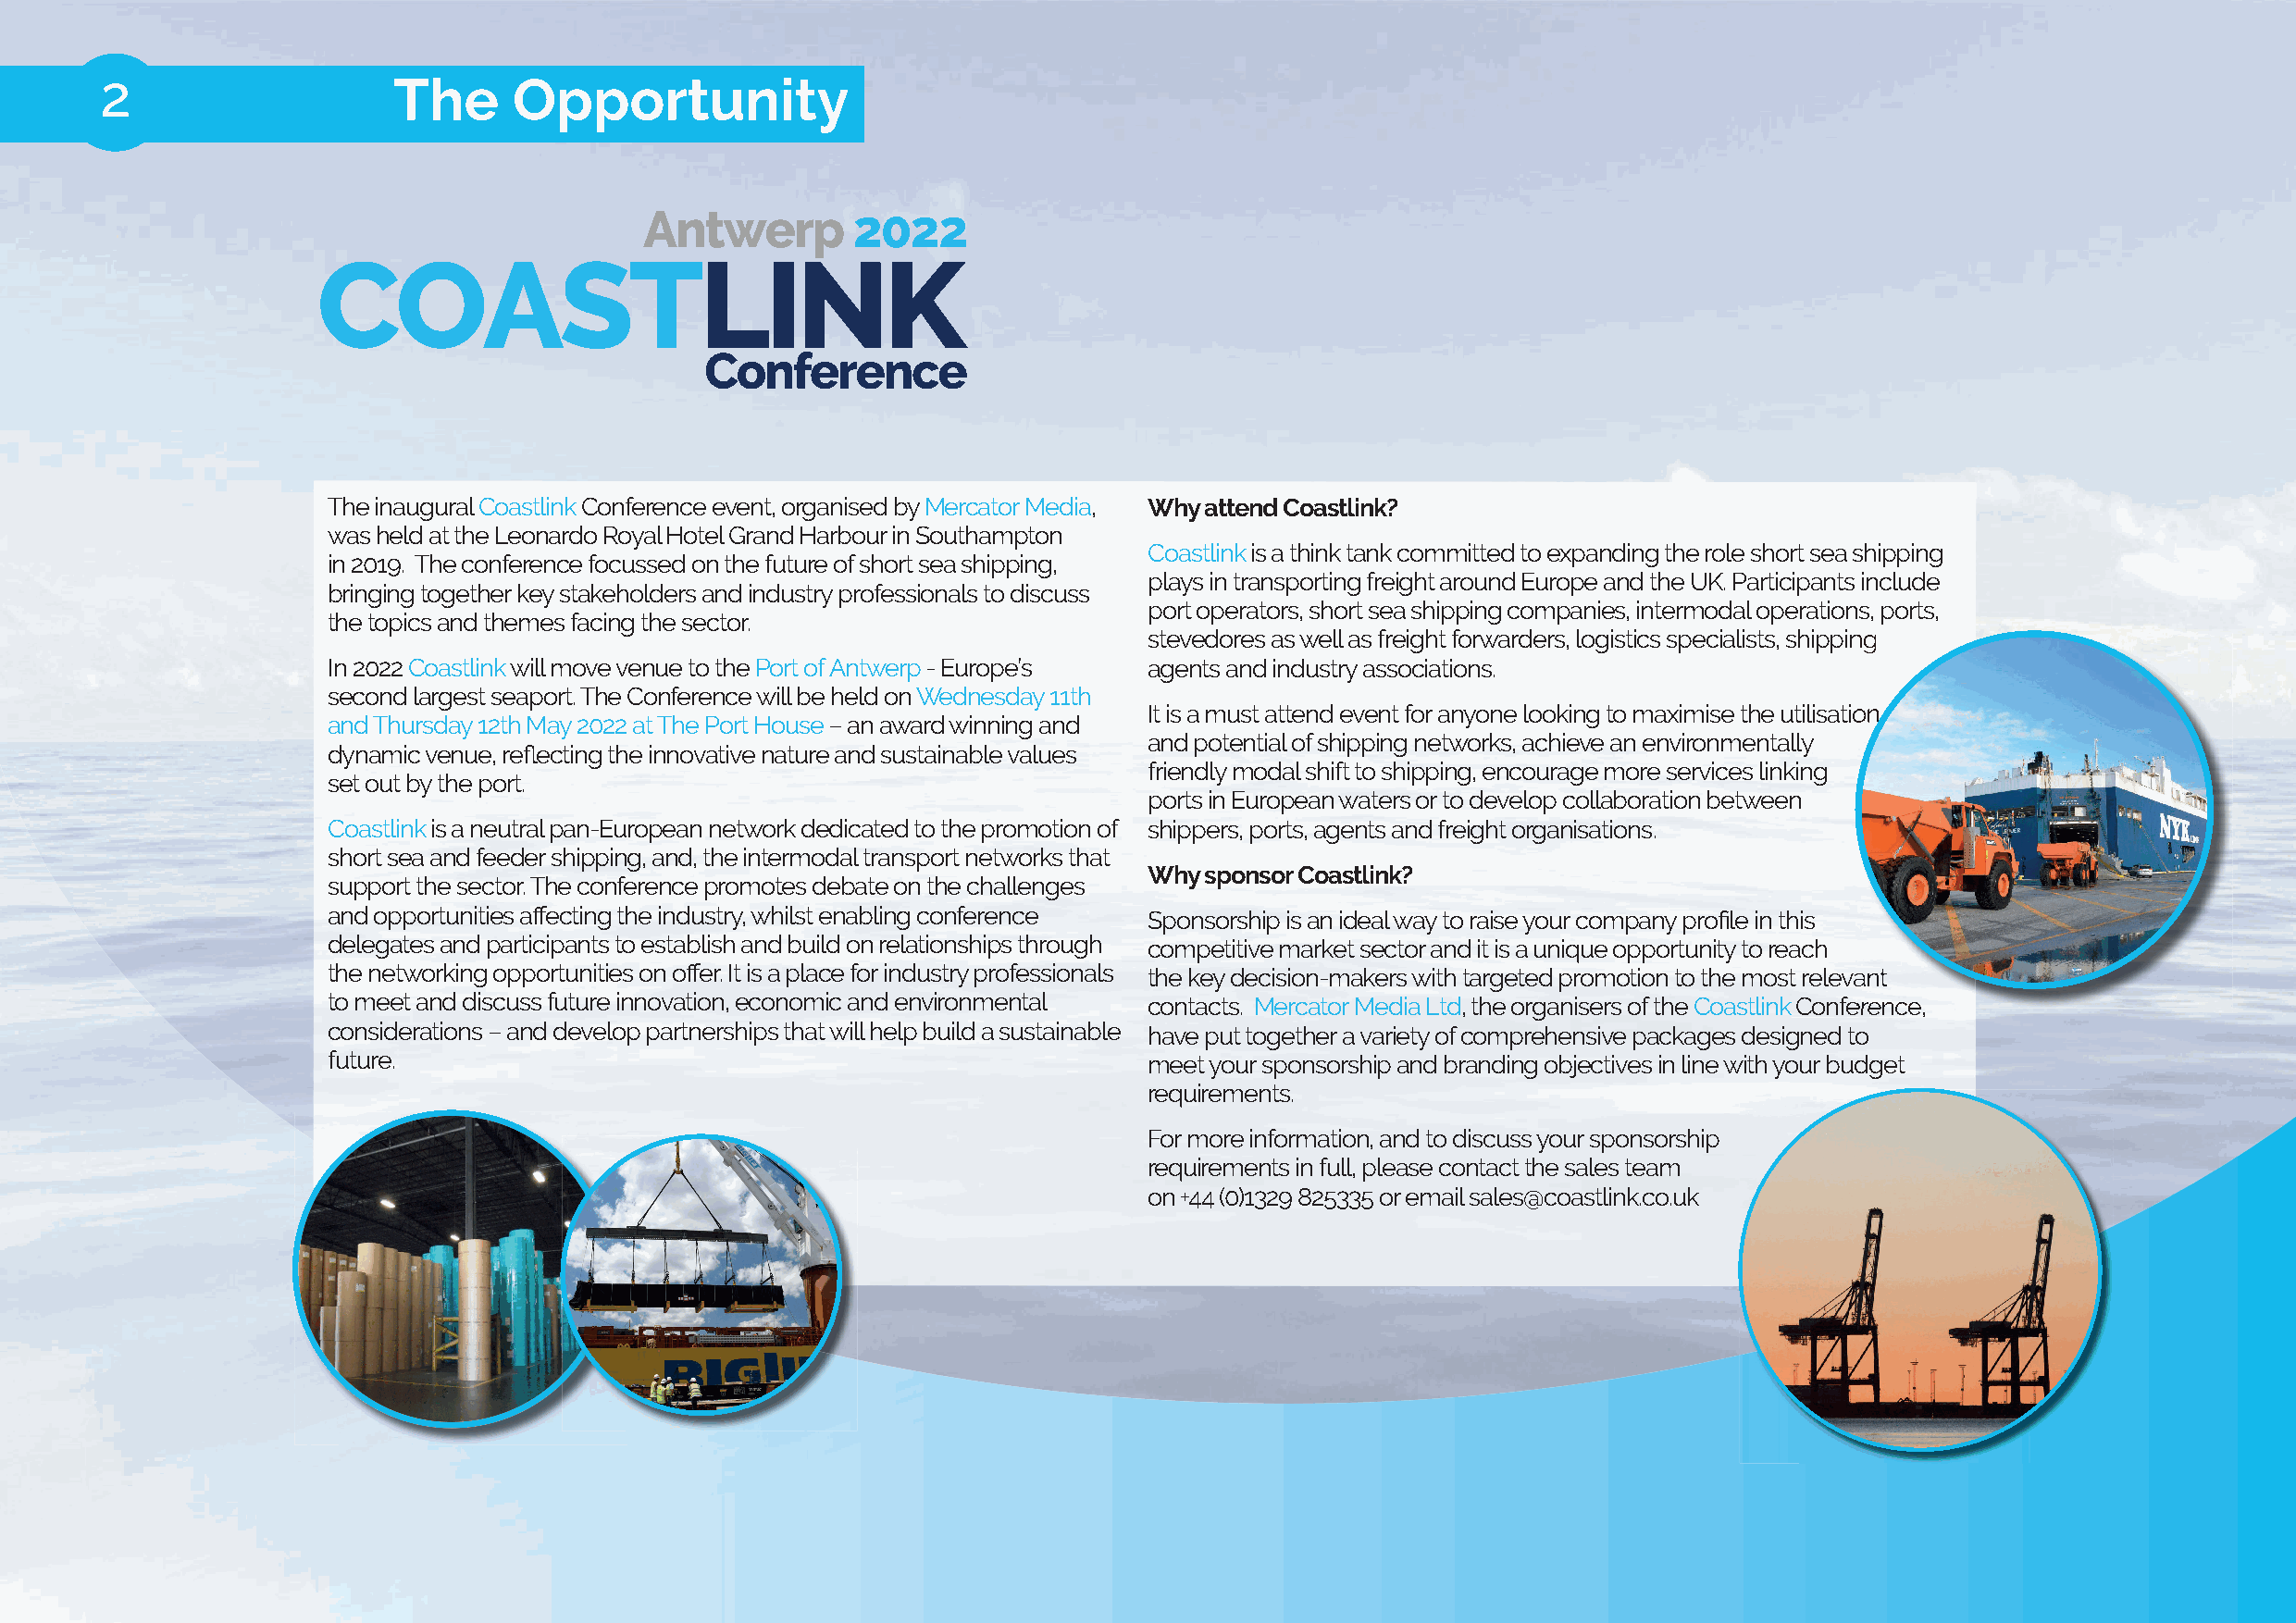
2                    The      Opportunity
 Antwerp        2022
 COASTLINK
 Conference
 The inaugural Coastlink Conference event, organised by Mercator Media, Why attend Coastlink?
 was held at the Leonardo Royal Hotel Grand Harbour in Southampton
 Coastlink is a think tank committed to expanding the role short sea shipping
 in 2019. The conference focussed on the future of short sea shipping,
 plays in transporting freight around Europe and the UK. Participants include
 bringing together key stakeholders and industry professionals to discuss
 port operators, short sea shipping companies, intermodal operations, ports,
 the topics and themes facing the sector.
 sstteevveeddoorreess aass wweellll aass ffrreeiigghhtt ffoorrwwaarrddeerrss,, llooggiissttiiccss ssppeecciiaalliissttss,, sshhiippppiinngg
 In 2022 Coastlink will move venue to the Port of Antwerp - Europe’s agents and industry associations.
 second largest seaport. The Conference will be held on Wednesday 11th
 IItt iiss aa mmuusstt aatttteenndd eevveenntt ffoorr aannyyoonnee llooookkiinngg ttoo mmaaxxiimmiissee tthhee uuttiilliissaattiioonn
 and Thursday 12th May 2022 at The Port House – an award winning and
 and potential of shipping networks, achieve an environmentally
 dynamic venue, refl ecting the innovative nature and sustainable values
 friendly modal shift to shipping, encourage more services linking
 set out by the port.
 ports in European waters or to develop collaboration between
 Coastlink is a neutral pan-European network dedicated to the promotion of shippers, ports, agents and freight organisations.
 short sea and feeder shipping, and, the intermodal transport networks that
 Why sponsor Coastlink?
 support the sector. The conference promotes debate on the challenges
 and opportunities aff ecting the industry, whilst enabling conference Sponsorship is an ideal way to raise your company profi le in this
 delegates and participants to establish and build on relationships through competitive market sector and it is a unique opportunity to reach
 the networking opportunities on off er. It is a place for industry professionals tthhee kkeeyy ddeecciissiioonn--mmaakkeerrss wwiitthh ttaarrggeetteedd pprroommoottiioonn ttoo tthhee mmoosstt rreelleevvaanntt
 to meet and discuss future innovation, economic and environmental contacts. Mercator Media Ltd, the organisers of the Coastlink CCoonnffeerreennccee,,
 considerations – and develop partnerships that will help build a sustainable have put together a variety of comprehensive packages designed to
 future.                                                    meet your sponsorship and branding objectives in line with your budget
 requirements.
 For more information, and to discuss your sponsorship
 requirements in full, please contact the sales team
 on +44 (0)1329 825335 or email sales@coastlink.co.uk